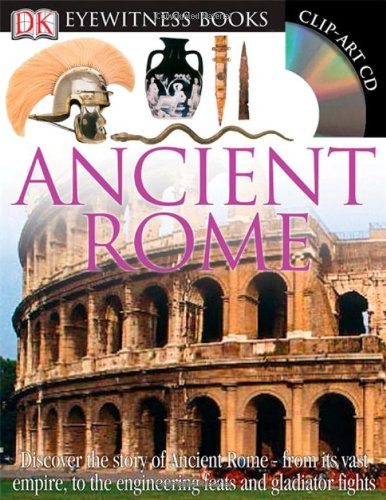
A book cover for Ancient Rome (DK Eyewitness Books); Simon James; Children's Books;